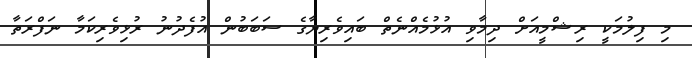
މި ފިލުމަކީ ރިޝްމީއަށް ދިމާވި އުޅުމެއްނެތް ބައިވެރިޔާގެ ސަބަބުން އުފެދުނު ރުޅިވެރިކަމާ ނަފްރަތާ